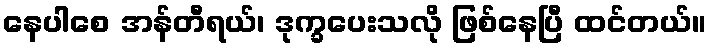
နေပါစေ အန်တီရယ်၊ ဒုက္ခပေးသလို ဖြစ်နေပြီ ထင်တယ်။